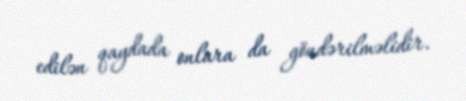
edilən qaydada onlara da göndərilməlidir.